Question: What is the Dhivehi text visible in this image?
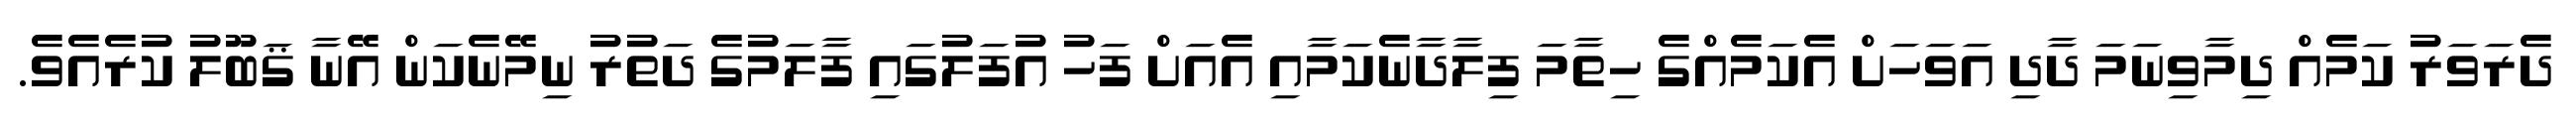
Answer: ދެރަވަރު ކަމެއް ދިމާވިނަމަ ދާދި އަވަހަށް އެކަމެއްގެ ހިތާމަ ފިލާދާނެކަމާއި އެއަށް ފަހު އުފަލުގައި ފާލަމުގެ ދަތުރު ނިމޭނެކަން އޭނާ ޤަބޫލު ކުރެއެވެ.